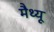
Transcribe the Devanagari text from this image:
मैथ्‍यू